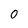
Character: 0